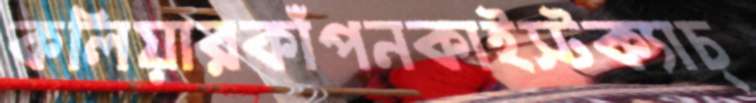
কলিয়ারকাঁপনকাইস্টক্যাচ্